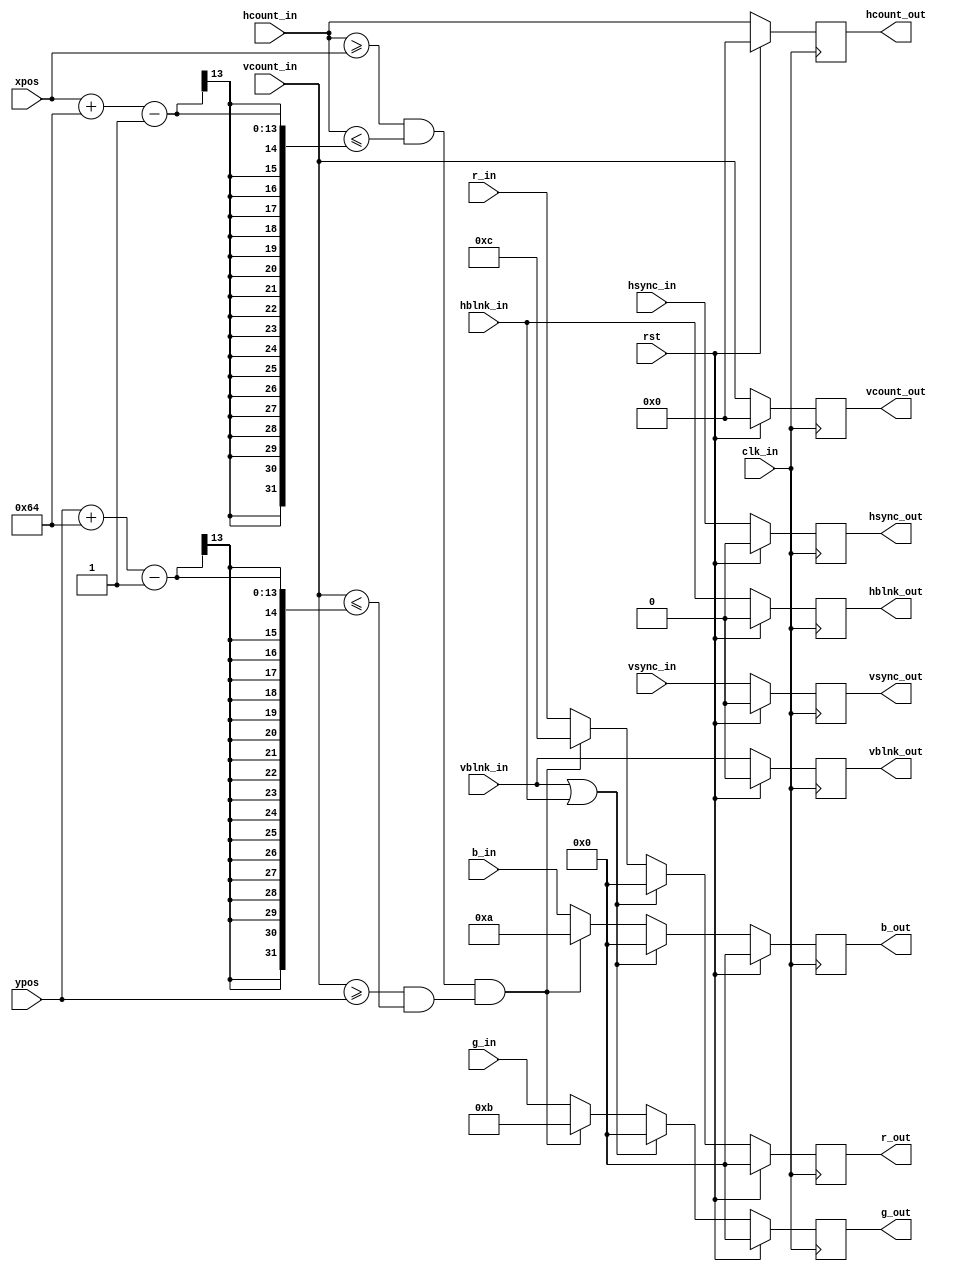
`timescale 1ns / 1ps

module draw_rect(
    input wire clk_in,
    input wire rst,
    input wire [10:0] hcount_in,
    input wire hsync_in,
    input wire hblnk_in,
    input wire [10:0] vcount_in,
    input wire vsync_in,
    input wire vblnk_in,
    input wire [3:0] r_in,
    input wire [3:0] g_in,
    input wire [3:0] b_in,
    input wire [11:0] xpos,
    input wire [11:0] ypos,
    output reg [10:0] hcount_out,
    output reg hsync_out,
    output reg hblnk_out,
    output reg [10:0] vcount_out,
    output reg vsync_out,
    output reg vblnk_out,
    output reg [3:0] r_out,
    output reg [3:0] g_out,
    output reg [3:0] b_out

    );
    
    //localparam POS_X = 100;
    //localparam POS_Y = 100;
    localparam WIDTH = 100;
    localparam HEIGHT = 100;
    localparam COLOR = 12'hc_b_a;
    
    
    always @(posedge clk_in)
    begin
        if(rst)
        begin
            vcount_out <= 0;
            hcount_out <= 0;
            hsync_out <= 0;
            vsync_out <= 0;
            hblnk_out <= 0;
            vblnk_out <= 0;
            r_out <= 0;
            g_out <= 0;
            b_out <= 0;
        end
        else
        begin
            hsync_out <= hsync_in;
            vsync_out <= vsync_in;
            hblnk_out <= hblnk_in;
            vblnk_out <= vblnk_in;
            hcount_out <= hcount_in;
            vcount_out <= vcount_in;
            
            if (vblnk_in || hblnk_in)
                {r_out,g_out,b_out} <= 12'h0_0_0;
            else if(( hcount_in >= xpos && hcount_in <= (xpos+WIDTH - 1) ) && (vcount_in >= ypos && vcount_in <= (ypos+HEIGHT - 1) ) )
                {r_out,g_out,b_out} <= COLOR;
            else
            begin
                 r_out <= r_in;
                 g_out <= g_in;
                 b_out <= b_in;
            end
        end    
    end
           
    
    
endmodule